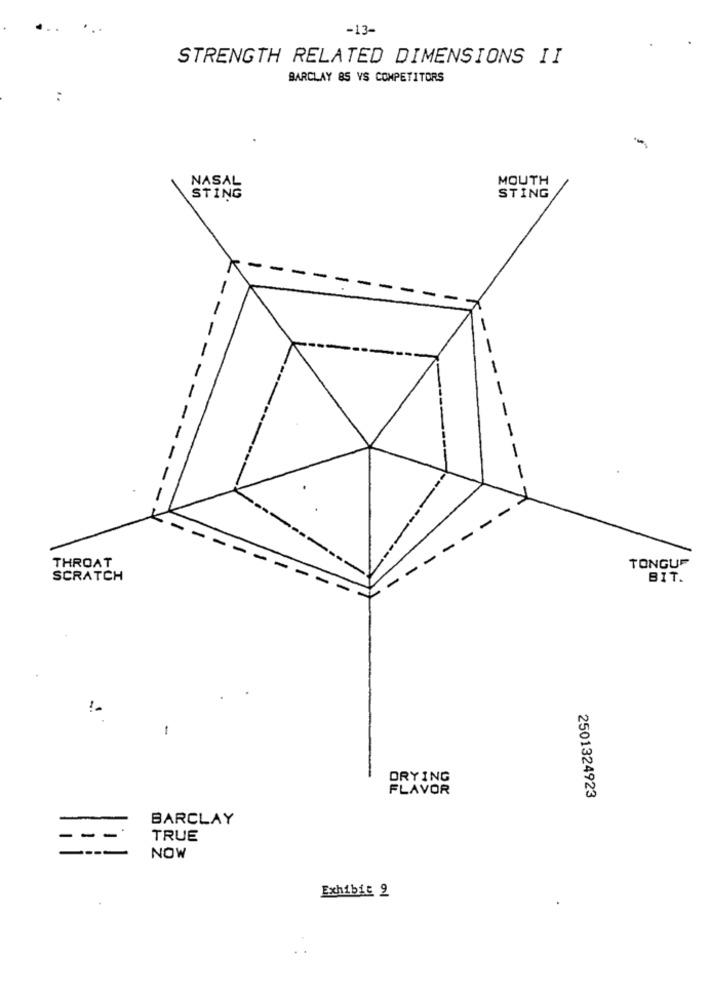
-13-
STRENGTH RELATED DIMENSIONS II
BARCLAY &S VS COMPETITORS
:
MOUTH
NASAL
STING
STING
-
-
.
-
-
-
THROAT
TONGUP
SCRATCH
BIT.
-
DRYING
FLAVOR
2501324923
BARCLAY
TRUE
NOW
Exhibit 9